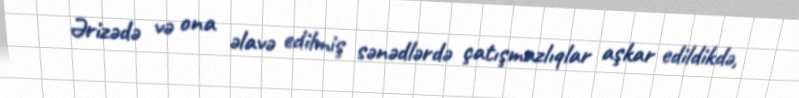
Ərizədə və ona əlavə edilmiş sənədlərdə çatışmazlıqlar aşkar edildikdə,